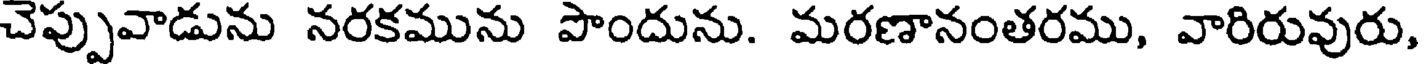
చెప్పువాడును నరకమును పొందును. మరణానంతరము, వారిరువురు,